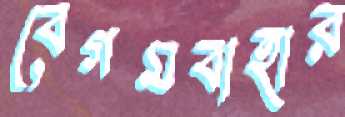
বেগমবাহার